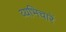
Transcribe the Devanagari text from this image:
व्यभिचारें